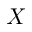
X